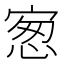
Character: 𰍋